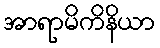
အာရာမိကိနိယာ